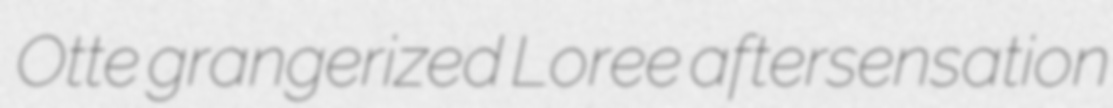
Otte grangerized Loree aftersensation